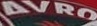
AVRO